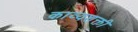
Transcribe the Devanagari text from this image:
काव्यशक्ती